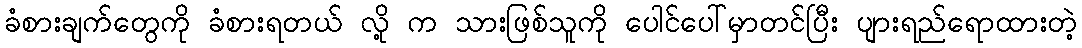
ခံစားချက်တွေကို ခံစားရတယ် လို့ က သားဖြစ်သူကို ပေါင်ပေါ်မှာတင်ပြီး ပျားရည်ရောထားတဲ့